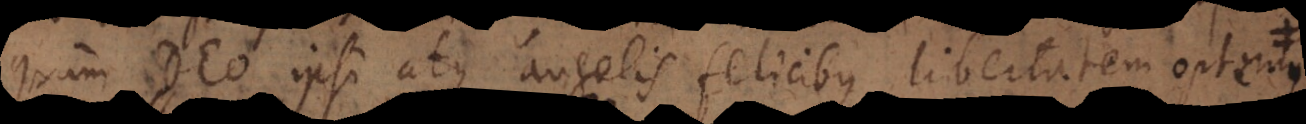
quam Deo ipsi atque angelis felicibus libertatem optemus